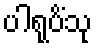
ပါရုပိံသု